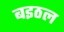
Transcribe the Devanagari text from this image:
बइठल